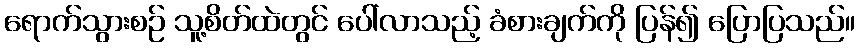
ရောက်သွားစဉ် သူ့စိတ်ထဲတွင် ပေါ်လာသည့် ခံစားချက်ကို ပြန်၍ ပြောပြသည်။